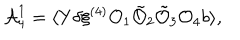
{ \cal A } _ { 4 } ^ { 1 } = \langle Y \delta \xi ^ { ( 4 ) } { \cal O } _ { 1 } \tilde { { \cal O } } _ { 2 } \tilde { { \cal O } } _ { 3 } { \cal O } _ { 4 } b \rangle ,